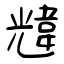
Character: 韑